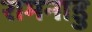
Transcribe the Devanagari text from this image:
रामनाडु